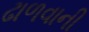
ઢાળવાની